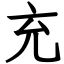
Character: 充